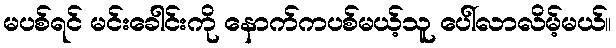
မပစ်ရင် မင်းခေါင်းကို နောက်ကပစ်မယ့်သူ ပေါ်လာလိမ့်မယ်။